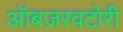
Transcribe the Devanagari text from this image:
ऑबज़रवटोरी